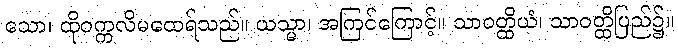
သော၊ ထိုဝက္ကလိမထေရ်သည်။ ယသ္မာ၊ အကြင်ကြောင့်။ သာဝတ္ထိယံ၊ သာဝတ္ထိပြည်၌။